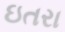
ઇતરા